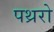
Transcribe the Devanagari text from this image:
पथ्ररो